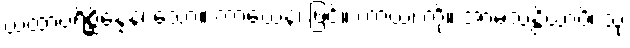
ယထာပရိစ္ဆိန္နေန၊ သော။ ကာယေန၊ ဖြင့်။ ကာယံ၊ ကို။ အာမသန္တိယာပိ၊ သုံ